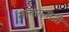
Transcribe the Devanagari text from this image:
मायावतीजी